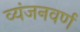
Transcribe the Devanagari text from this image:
व्यंजनवर्ण